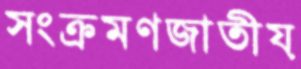
সংক্রমণজাতীয়